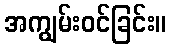
အကျွမ်းဝင်ခြင်း။